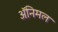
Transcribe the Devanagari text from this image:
अॅनिमल